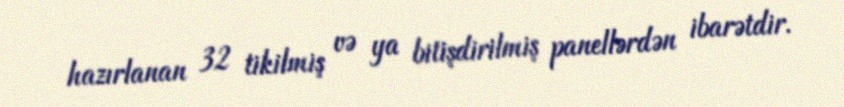
hazırlanan 32 tikilmiş və ya bitişdirilmiş panellərdən ibarətdir.